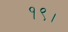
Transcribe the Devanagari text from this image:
१९।